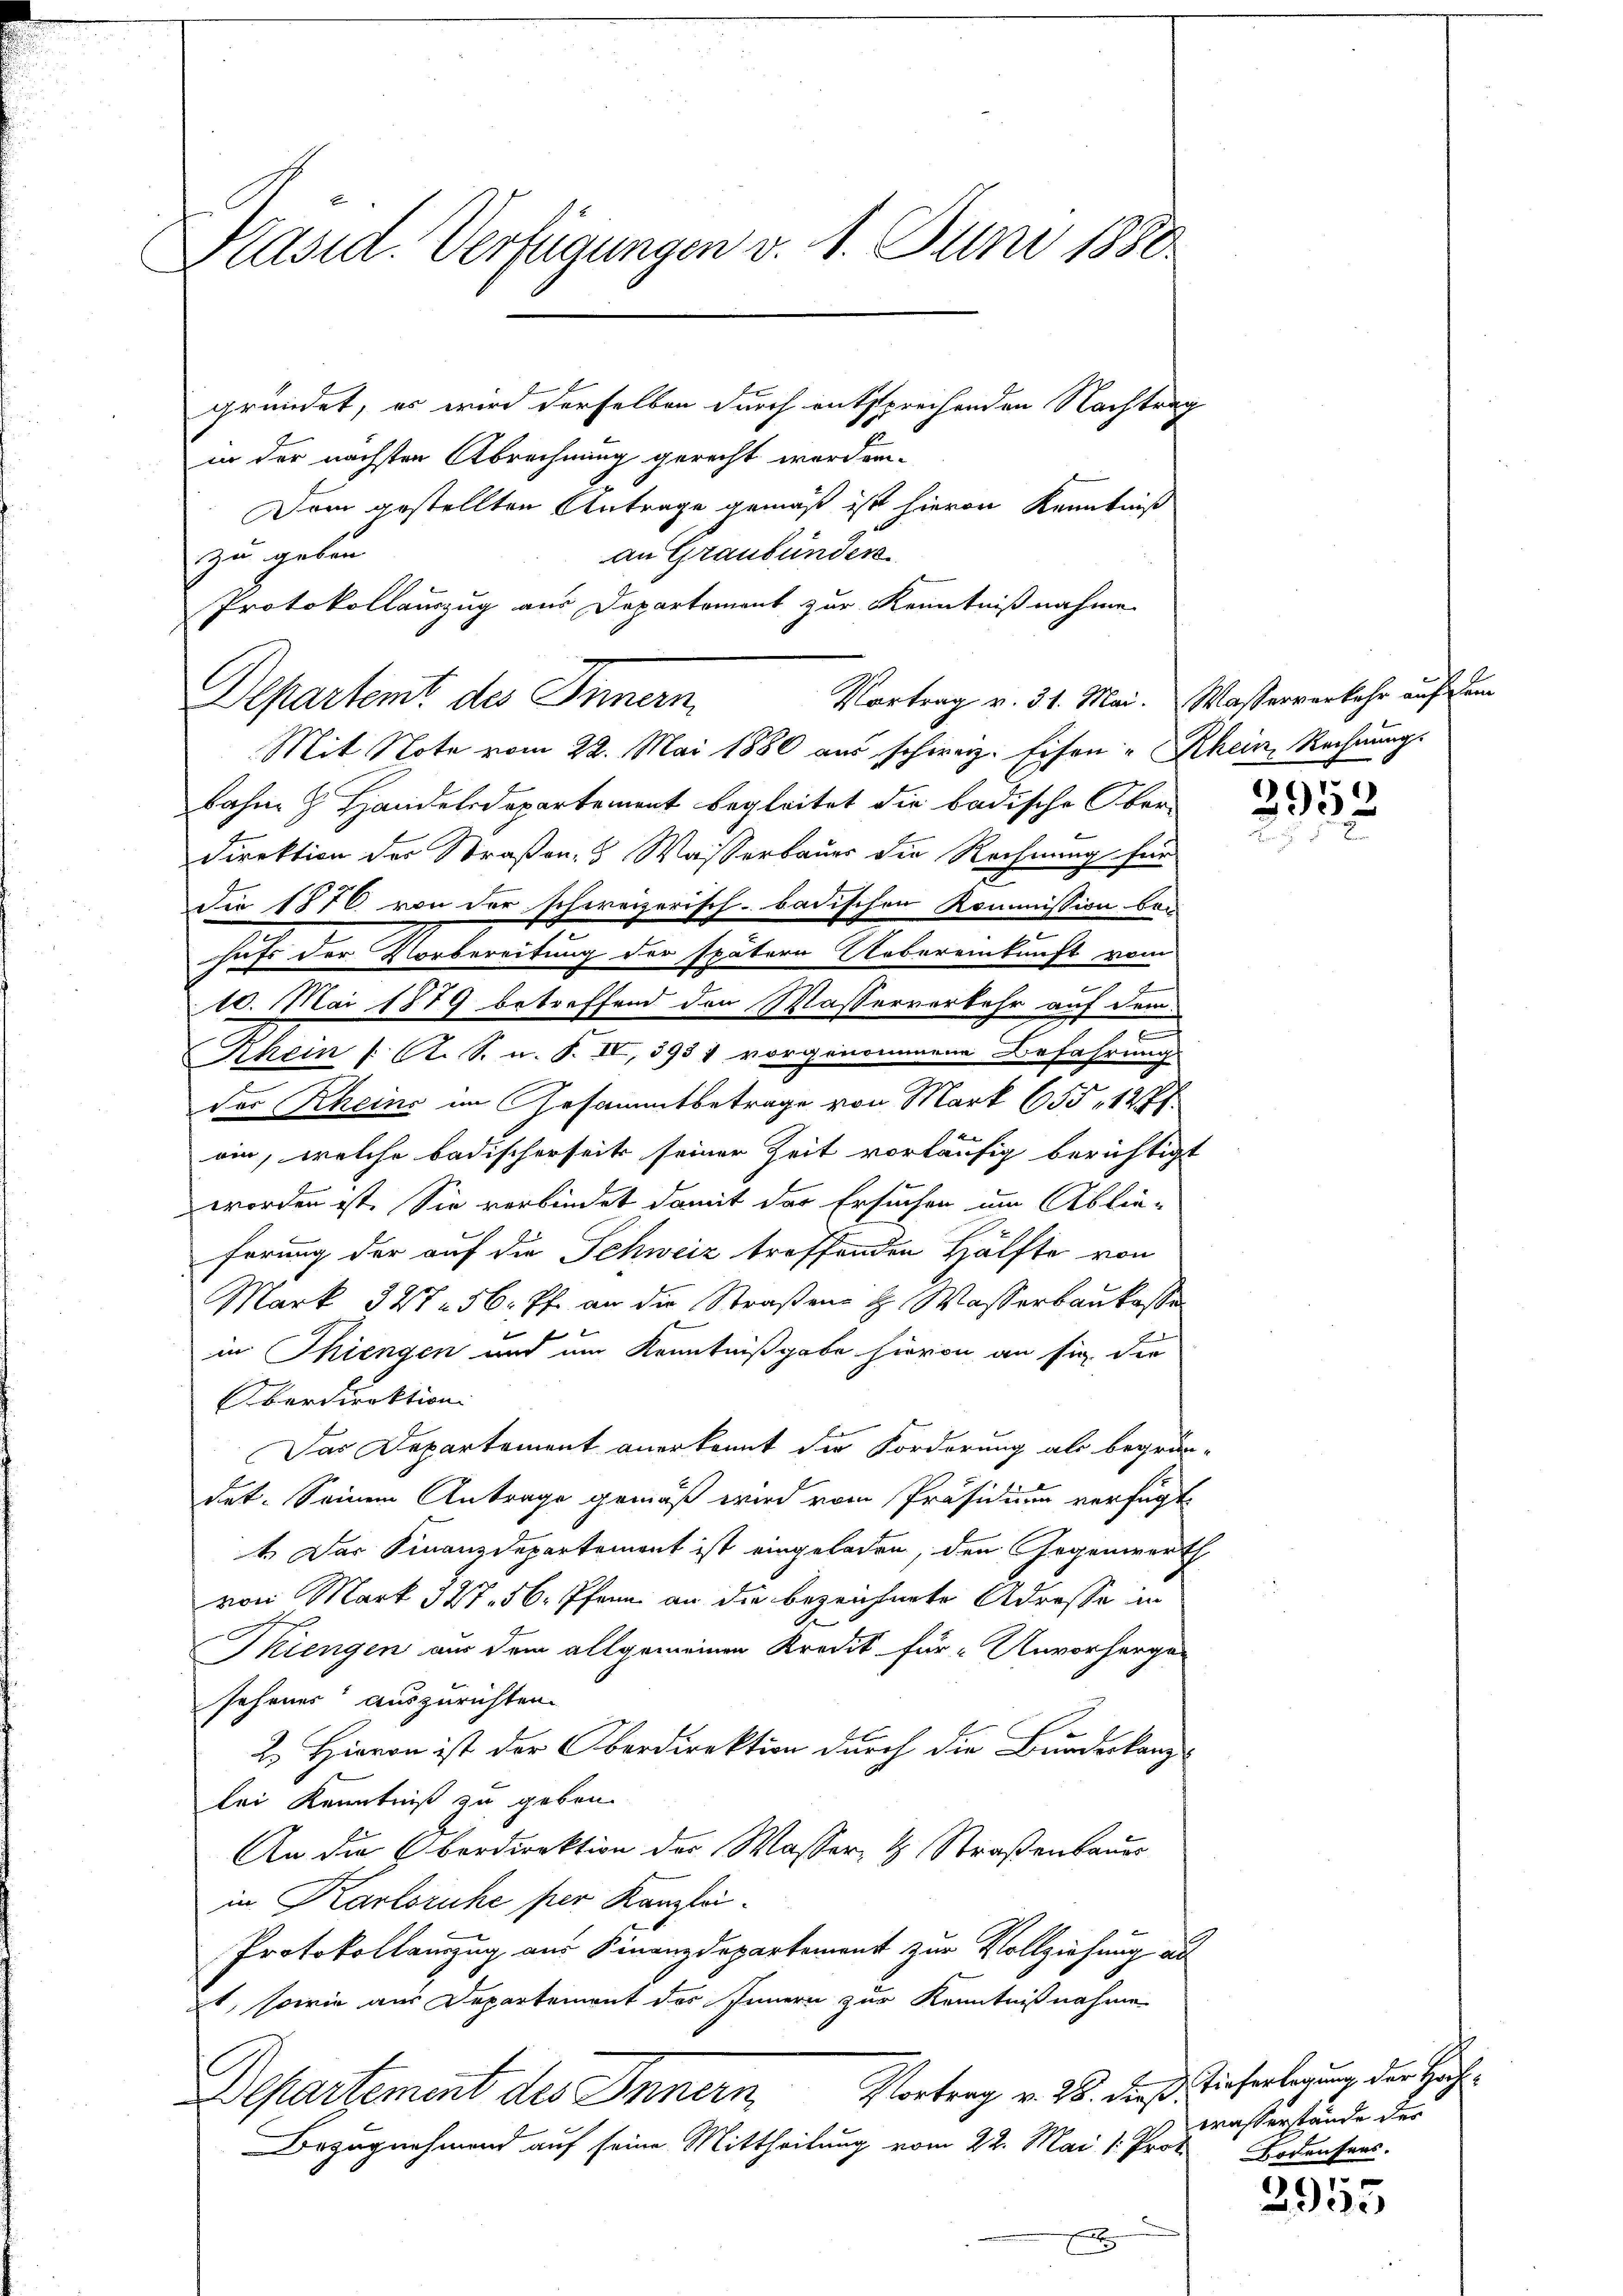
Präsid. Verfügungen v. 1. Juni 1880
gründet, es wird derselben durch entsprechenden Nachtrag
in der nächsten Abrechnung gerecht worden.

Dem gestellten Antrage gemäß ist hievon Kenntniß
an Graubünden
zu geben.
Mit Note vom 22. Mai 1886 aus schweiz. Eisen-Rhein Rechnung.
Bahme H. Handelsdepartement begleitet die badische Ober-
Direktion des Straßen- Wasserbauer die Rechnung für
Die 1876 von der schweizerisch-badischen Kommission bei
hufs der Vorbereitung der spätern Uebereinkunft vom
10. Mai 1879 betreffend den Wasserverkehr auf dem
d
Khein /: C. S. u. T. IV, 3931 vorgenommene Befahrung
Der Rheine im Gesammtbetrage von Mark 655 - 1271.
oin, welche badischerseits seiner Zeit vorläufig berichtigt
worden ist. Sie verbindet damit der Ersuchen um Ablie-
förung der auf die Schweiz treffenden Hälfte von
Mark 327. 56 ff. an die Straßene H. Wasserbaukasse
in Thiengen und um Kenntnißgabe hievon an sie die
Oberdirektion
Das Departement anerkannt die Forderung als begrün-
det. Seinem Antrage gemäß wird vom Präsidium verfügt:
1. Das Finanzdepartement ist eingeladen, den Gegenwerth
von Mark 327. 56. Pfann an die bezeichnete Adresse in
Thiengen aus dem allgemeinen Kredit für „Unvorherger
sehener auszurichten.
2. Hievon ist der Oberdirektion durch die Bundeskanz-
bei Kenntniß zu geben.
An die Oberdirektion des Wasser- & Straßenbaues
in Karlsruhe per Kanzlei.
Protokollanzug aus Finanzdepartement zur Vollziehung au
it, sowie aus Departement des Innern zur Kenntnißnahme
Vortrag v. 26. dieß, Tieferlegung der Hoch¬
Departement des Innern
Bezugnahmend auf seine Mittheilung vom 22. Mai 1: Prof. Bodensers.
A

Protokollauszug aus Departement zur Kenntnißnahme
Departent des Innern,

Vortrag v. 31. Mai. Wasserverkehr auf dem

2953

Wasserstände der

3955